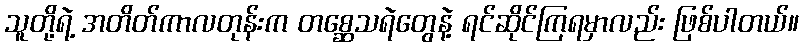
သူတို့ရဲ့ အတိတ်ကာလတုန်းက တစ္ဆေသရဲတွေနဲ့ ရင်ဆိုင်ကြရမှာလည်း ဖြစ်ပါတယ်။